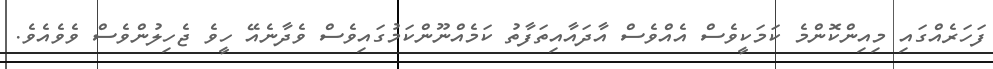
ފަހަރެއްގައި މިއިންކޮންމެ ކަމަކީވެސް އެއްވެސް އާދައާއިތަފާތު ކަމެއްނޫންކަމުގައިވެސް ވެދާނެއޭ ހީވެ ޖެހިލުންވެސް ވެވެއެވެ.